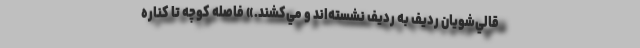
قالي‌شويان رديف ‌به رديف نشسته‌اند و مي‌كشند.» فاصله كوچه تا كناره